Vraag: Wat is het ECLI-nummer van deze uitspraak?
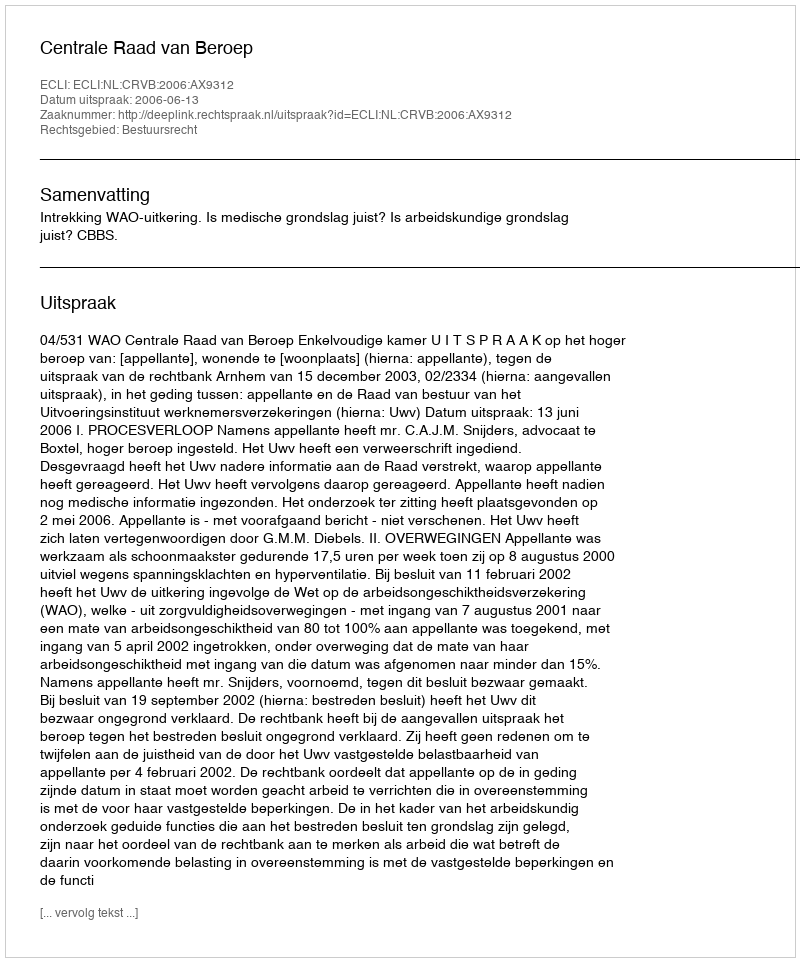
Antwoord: ECLI:NL:CRVB:2006:AX9312